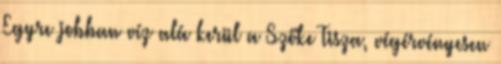
Egyre jobban víz alá kerül a Szőke Tisza, végérvényesen